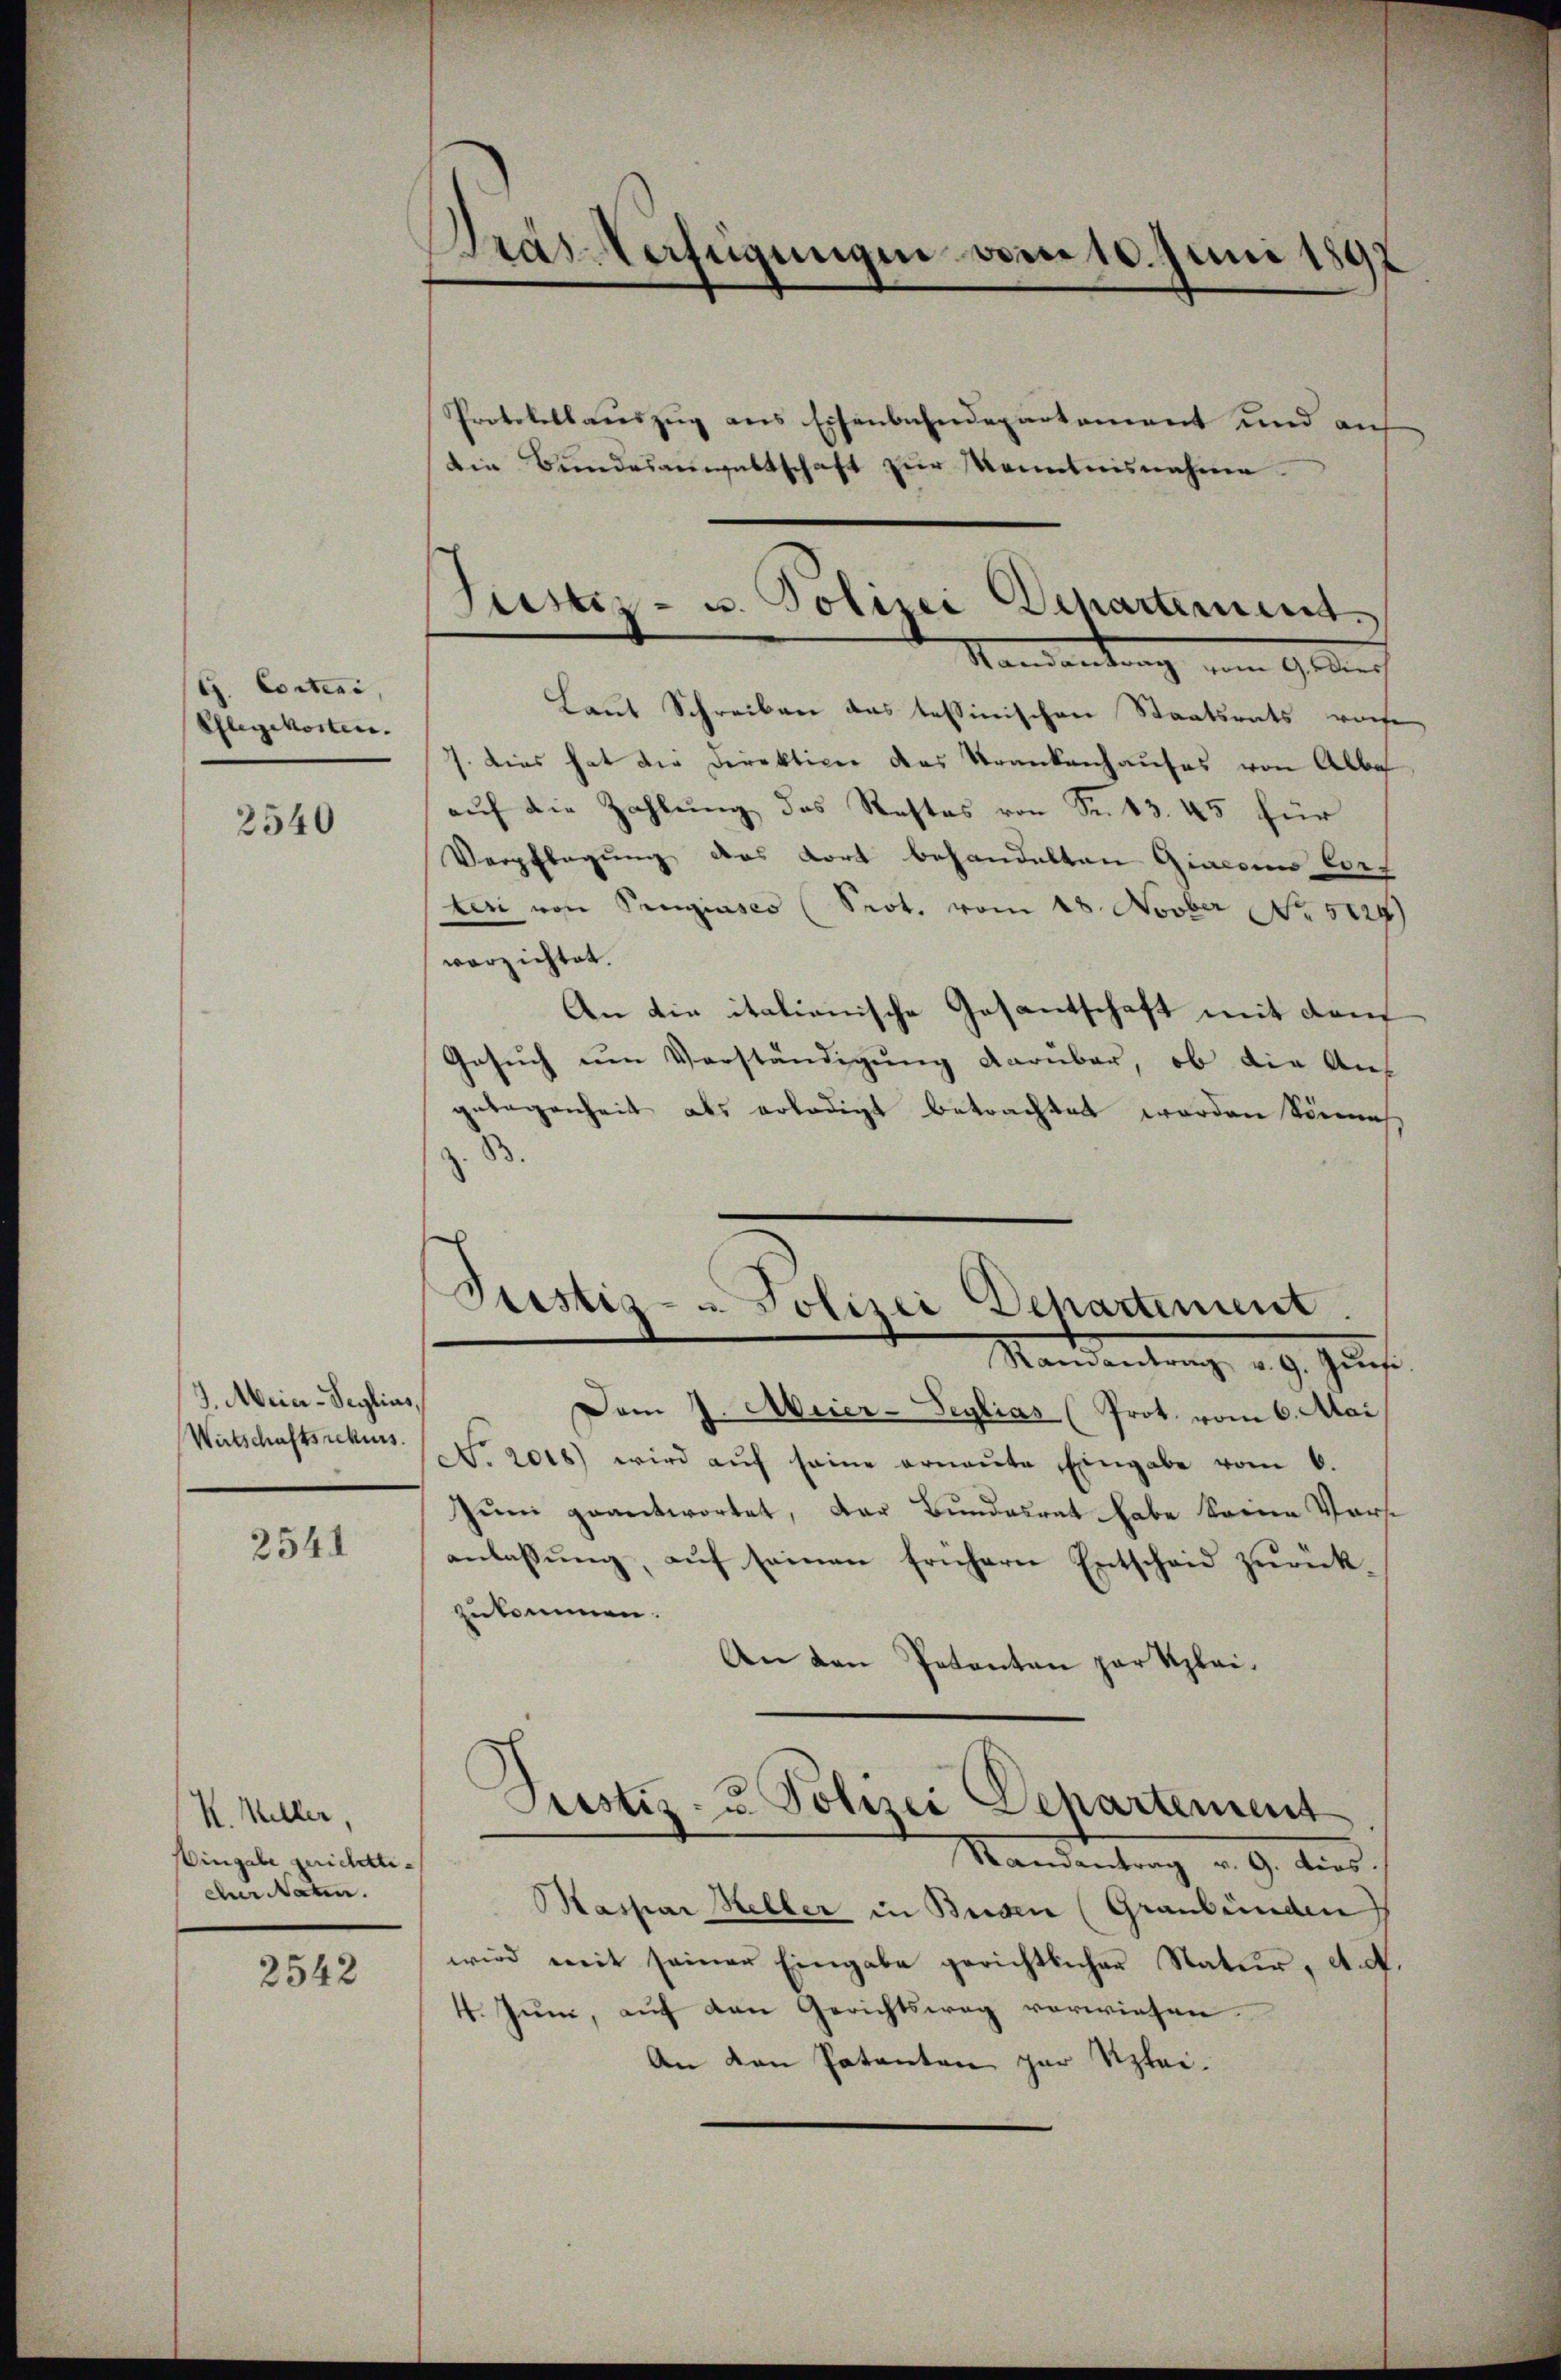
G. Corteni,
Pflegekosten.

2540

J. Meier-Seglins,
Wirtschaftsrekurs.

2541

K. Meller,
Eingabe gerichtti¬
Aur Naten.

2542

ras-Verfügungen vom 10. Juni 1897

Protokollauszug aus Eisenbahndepartement und an
Mantendung vom Glan
Laut Schreiben das tessinischen Staatsrats vorhe
7. Dies hat die Direktion des Krankenhauses von Albe
aŭf die Zahlŭng des Restes von Fr. 43. 45 für
Verpflegung des dort behandelten Giacon lors
teri von Pingiases (Prot. vom 18. Novber No 5124)
verzichtet.
An die italienische Gesantschaft mit dem
Gesuch um Verständigung darüber, ob die Aus
gelegenheit als erledigt betrachtet worden könne
z. B.
Justiz - Polizei Dehartement
Mandenlang 29. Janis
Dem J. Meier-Seylias (Prot. vom 6. Mai
No 2018) wird auf seine ernante Eingabe vom 6.
Juni geantwortet, der Bundesrat habe keine Vort
anlassŭng aŭf seinen frühern Entscheid zŭrück
zukommen.
An den Petenten zur Klei¬
Justiz- & Polizei Dehartement
Randantrag v. 9. dies
Kaspar Heller in Beden (Graubünden
wird mit seiner Eingabe gerichtlicher Natur, A. A
4. Juni, auf den Gerichtsweg verwiesen.
An den Patenten zur Klei¬

Die Bundesanwaltschaft zur Kenntnisnahme.

Justiz- u. Polizei Departement.